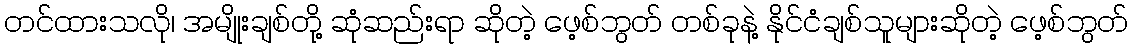
တင်ထားသလို၊ အမျိုးချစ်တို့ ဆုံဆည်းရာ ဆိုတဲ့ ဖေ့စ်ဘွတ် တစ်ခုနဲ့ နိုင်ငံချစ်သူများဆိုတဲ့ ဖေ့စ်ဘွတ်